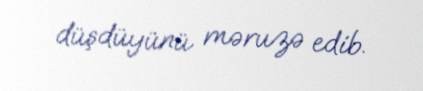
düşdüyünü məruzə edib.